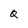
Character: Q